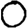
Digit: 0